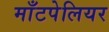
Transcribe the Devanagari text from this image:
माँटपेलियर